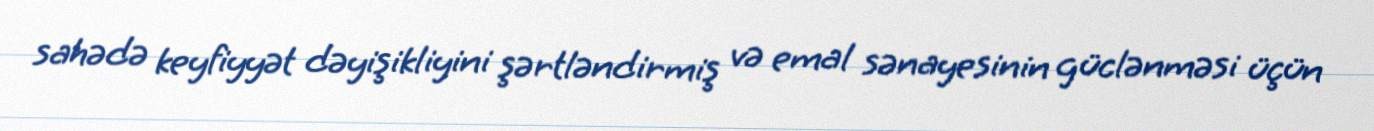
sahədə keyfiyyət dəyişikliyini şərtləndirmiş və emal sənayesinin güclənməsi üçün